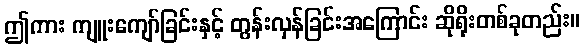
ဤကား ကျူးကျော်ခြင်းနှင့် တွန်းလှန်ခြင်းအကြောင်း ဆိုရိုးတစ်ခုတည်း။